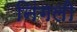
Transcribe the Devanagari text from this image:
निंगली